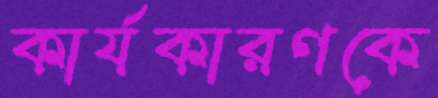
কার্যকারণকে